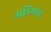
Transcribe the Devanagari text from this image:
अडिगांचे